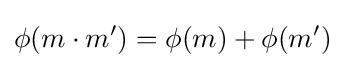
\phi (m\cdot m')=\phi (m)+\phi (m')